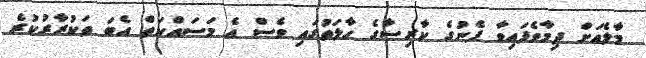
މާލެއަށް ދިމާވެފައިވާ ފެނުގެ ކާރިސާގެ ހާލަތުގައި ވެސް އެ މަސައްކަތް އެބަ ތަކުރާރުކުރެ